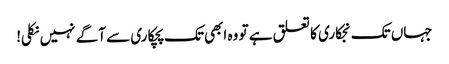
جہاں تک نجکاری کا تعلق ہے تو وہ ابھی تک پچکاری سے آگے نہیں نکلی!